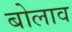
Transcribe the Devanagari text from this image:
बोलाव